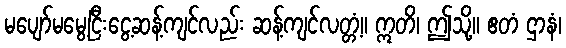
မပျော်မမွေ့ငြီးငွေ့ဆန့်ကျင်လည်း ဆန့်ကျင်လတ္တံ့။ ဣတိ၊ ဤသို့။ ဧတံ ဌာနံ၊